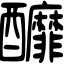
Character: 釄